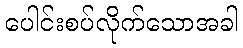
ပေါင်းစပ်လိုက်သောအခါ